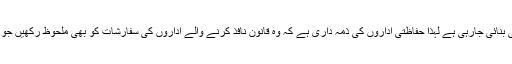
مثال کے طور پر انسداد دہشتگردی کے لئے چونکہ نئی حکمت عملی بنائی جارہی ہے لہذا حفاظتی اداروں کی ذمہ داری ہے کہ وہ قانون نافذ کرنے والے اداروں کی سفارشات کو بھی ملحوظ رکھیں جو کہ عام طور پر فوجی حکام کی جانب سے صرف نظر ہوجاتی ہے ۔